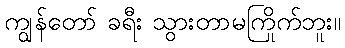
ကျွန်တော် ခရီး သွားတာမကြိုက်ဘူး။